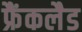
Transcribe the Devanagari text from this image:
फ्रैंकलैड